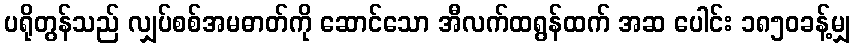
ပရိုတွန်သည် လျှပ်စစ်အမဓာတ်ကို ဆောင်သော အီလက်ထရွန်ထက် အဆ ပေါင်း ၁၈၅၀ခန့်မျှ